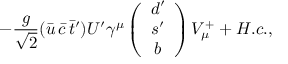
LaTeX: - \frac { g } { \sqrt 2 } ( \bar { u } \, \bar { c } \, \bar { t } ^ { \prime } ) U ^ { \prime } \gamma ^ { \mu } \left( \begin{array} { c } { { d ^ { \prime } } } \\ { { s ^ { \prime } } } \\ { { b } } \end{array} \right) V _ { \mu } ^ { + } + H . c . ,